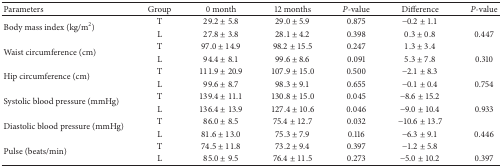
| Parameters | Group | 0 month | 12 months | P-value | Difference | P-value |
 | --- | --- | --- | --- | --- | --- | --- |
 | <ROWSPAN=2> Body mass index (kg/m2) | T | 29.2 ± 5.8 | 29.0 ± 5.9 | 0.875 | −0.2 ± 1.1 |  |
 | L | 27.8 ± 3.8 | 28.1 ± 4.2 | 0.398 | 0.3 ± 0.8 | 0.447 |
 | <ROWSPAN=2> Waist circumference (cm) | T | 97.0 ± 14.9 | 98.2 ± 15.5 | 0.247 | 1.3 ± 3.4 |  |
 | L | 94.4 ± 8.1 | 99.6 ± 8.6 | 0.091 | 5.3 ± 7.8 | 0.310 |
 | <ROWSPAN=2> Hip circumference (cm) | T | 111.9 ± 20.9 | 107.9 ± 15.0 | 0.500 | −2.1 ± 8.3 |  |
 | L | 99.6 ± 8.7 | 98.3 ± 9.1 | 0.655 | −0.1 ± 0.4 | 0.754 |
 | <ROWSPAN=2> Systolic blood pressure (mmHg) | T | 139.4 ± 11.1 | 130.8 ± 15.0 | 0.045 | −8.6 ± 15.2 |  |
 | L | 136.4 ± 13.9 | 127.4 ± 10.6 | 0.046 | −9.0 ± 10.4 | 0.933 |
 | <ROWSPAN=2> Diastolic blood pressure (mmHg) | T | 86.0 ± 8.5 | 75.4 ± 12.7 | 0.032 | −10.6 ± 13.7 |  |
 | L | 81.6 ± 13.0 | 75.3 ± 7.9 | 0.116 | −6.3 ± 9.1 | 0.446 |
 | <ROWSPAN=2> Pulse (beats/min) | T | 74.5 ± 11.8 | 73.2 ± 9.4 | 0.397 | −1.2 ± 5.8 |  |
 | L | 85.0 ± 9.5 | 76.4 ± 11.5 | 0.273 | −5.0 ± 10.2 | 0.397 |